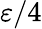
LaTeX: \varepsilon/4